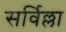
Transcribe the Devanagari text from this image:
सर्विल्ला